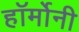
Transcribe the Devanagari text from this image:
हॉर्मोनी